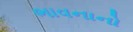
ભાવનાનો